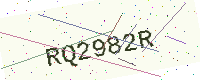
Text: RQ2982R